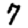
Digit: 7